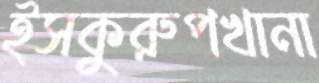
ইসকুরুপখানা